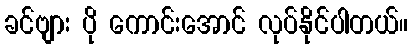
ခင်ဗျား ပို ကောင်းအောင် လုပ်နိုင်ပါတယ်။